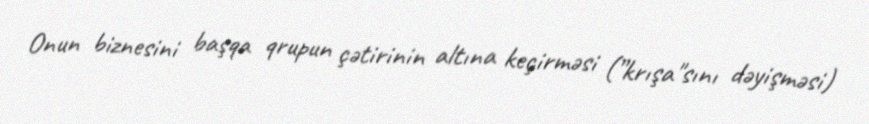
Onun biznesini başqa qrupun çətirinin altına keçirməsi (”krışa"sını dəyişməsi)